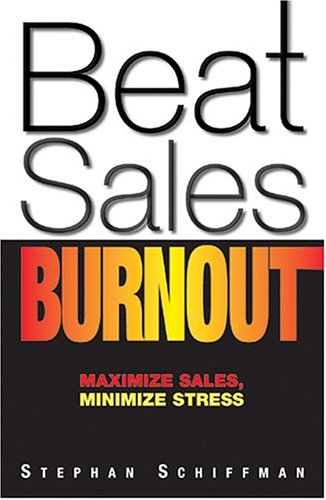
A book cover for Beat Sales Burnout: Maximize Sales, Minimize Stress; Stephan Schiffman; Business & Money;